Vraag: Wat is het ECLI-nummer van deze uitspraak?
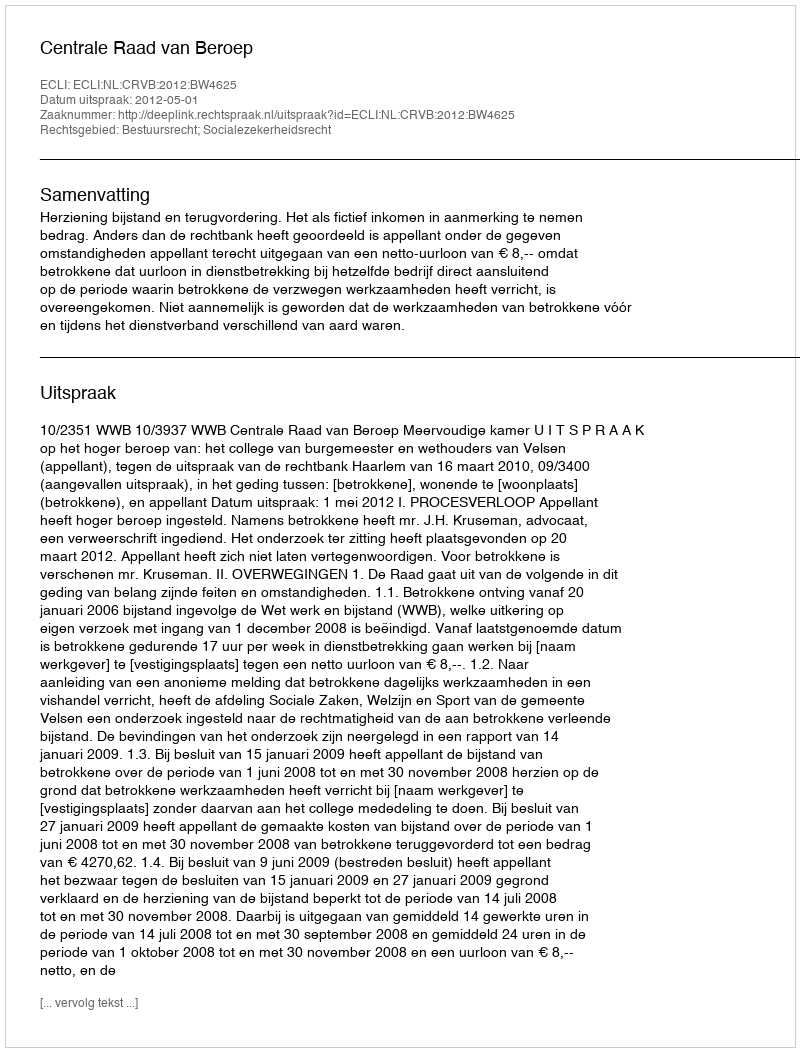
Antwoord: ECLI:NL:CRVB:2012:BW4625